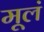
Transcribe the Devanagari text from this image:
मूलं